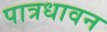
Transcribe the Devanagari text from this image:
पात्रधावन